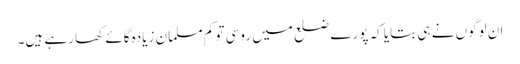
ان لوگوں نے ہی بتایا کہ پورے ضلع میں روسی تو کم مسلمان زیادہ گائے کھا رہے ہیں۔